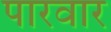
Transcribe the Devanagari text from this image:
पारवार